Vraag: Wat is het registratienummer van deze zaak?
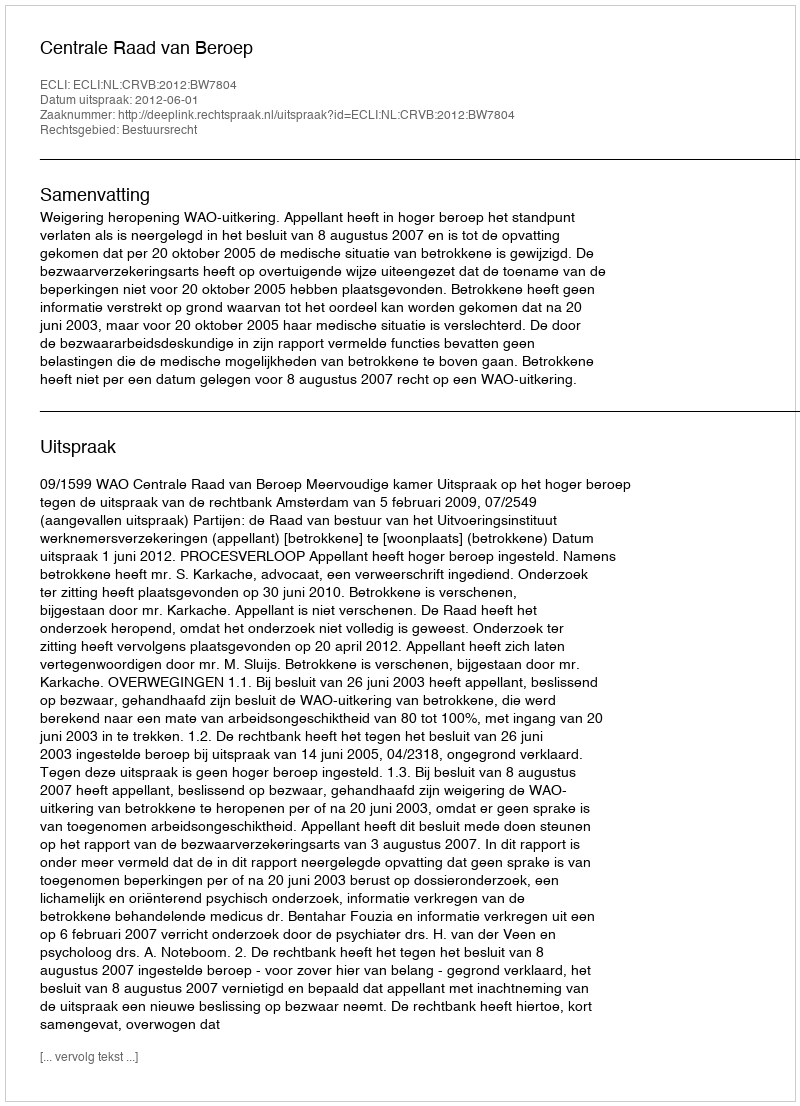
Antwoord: http://deeplink.rechtspraak.nl/uitspraak?id=ECLI:NL:CRVB:2012:BW7804